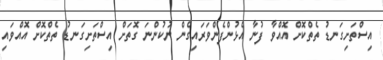
އިސްތަށިގަނޑު ތެތްކޮށް އޮއްވާ ފުނާ އެޅުންފެންވަރައިގެން ނުކުންނަ ގޮތަށް އިސްތަށިގަނޑު ތެތްކޮށް އޮއްވައި